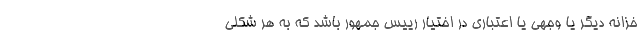
خزانه دیگر یا وجهی یا اعتباری در اختیار رییس جمهور باشد که به هر شکلی